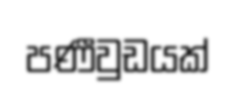
පණීවුඩයක්